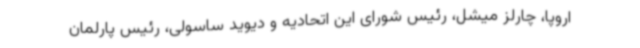
اروپا، چارلز میشل، رئیس شورای این اتحادیه و دیوید ساسولی، رئیس پارلمان